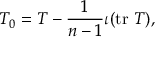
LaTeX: T _ { 0 } = T - { \frac { 1 } { n - 1 } } \iota ( \operatorname { t r } \, T ) ,